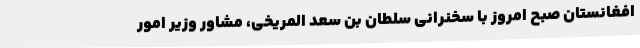
افغانستان صبح امروز با سخنرانی سلطان بن سعد المریخی، مشاور وزیر امور